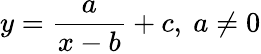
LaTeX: y={\frac{a}{x-b}}+c,\ a\neq 0